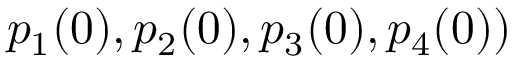
p _ { 1 } ( 0 ) , p _ { 2 } ( 0 ) , p _ { 3 } ( 0 ) , p _ { 4 } ( 0 ) )